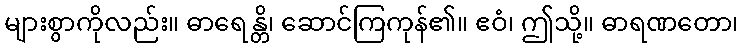
များစွာကိုလည်း။ ဓာရေန္တိ၊ ဆောင်ကြကုန်၏။ ဧဝံ၊ ဤသို့။ ဓာရဏတော၊